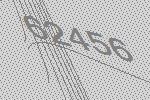
62456